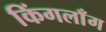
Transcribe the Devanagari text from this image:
किंगलाँग